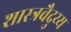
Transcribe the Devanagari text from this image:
शास्त्रवैदुय्य